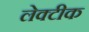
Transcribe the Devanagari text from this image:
लेक्टीक